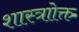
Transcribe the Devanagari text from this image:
शास्त्राोक्त